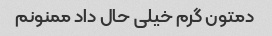
دمتون گرم خیلی حال داد ممنونم